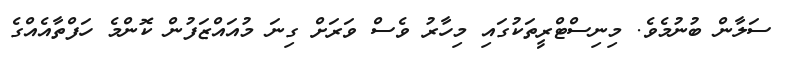
ސަލާން ބުނުމެވެ. މިނިސްޓްރީތަކުގައި މިހާރު ވެސް ވަރަށް ގިނަ މުއައްޒަފުން ކޮންމެ ހަފްތާއެއްގެ